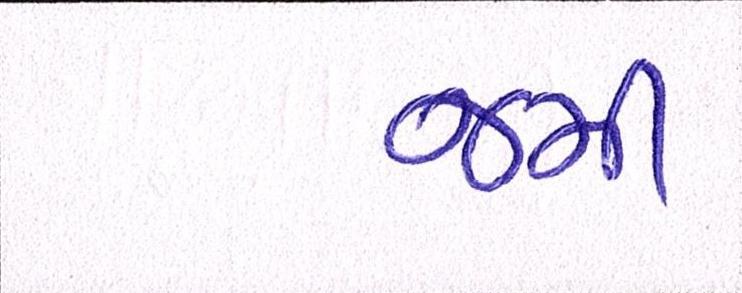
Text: જમી